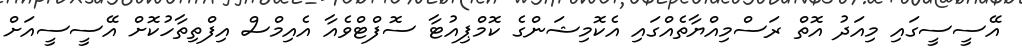
އޭސީސީގައި މިއަދު އޮތް ރަސްމިއްޔާތެއްގައި އެކޮމިޝަންގެ ކޮމްޕިއުޓާ ސޮފްޓްވެއާ އެއިމްސް އިފްތިތާހުކޮށް އޭސީސީއަށް